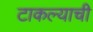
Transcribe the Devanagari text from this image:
टाकल्याची